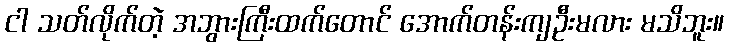
ငါ သတ်လိုက်တဲ့ အဘွားကြီးထက်တောင် အောက်တန်းကျဦးမလား မသိဘူး။